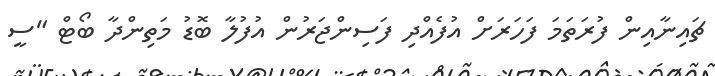
ޗައިނާއިން ފުރަތަމަ ފަހަރަށް އުފެއްދި ފަސިންޖަރުން އުފުލާ ބޮޑު މަތިންދާ ބޯޓް "ސީ